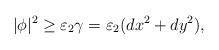
LaTeX: \begin{align*}|\phi|^2\geq\varepsilon_2\gamma = \varepsilon_2(dx^2+dy^2),\end{align*}